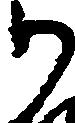
か